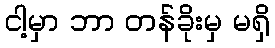
ငါ့မှာ ဘာ တန်ခိုးမှ မရှိ